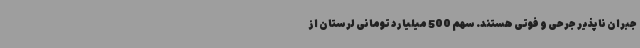
جبران ناپذیر جرحی و فوتی هستند. سهم 500 میلیارد تومانی لرستان از